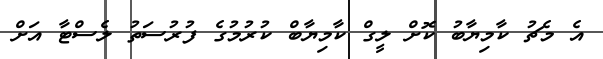
އެ މެޗު ކާމިޔާބު ކޮށް ލީގް ކާމިޔާބް ކުރުމުގެ ފުރުސަތު ލެސްޓާ އަށް